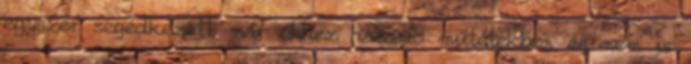
egyszer segédkezett már ehhez hasonló műtétekben és nem is